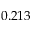
0 . 2 1 3